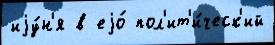
иjу́н'я в еjо́ пол'ит'и́ческ'ий